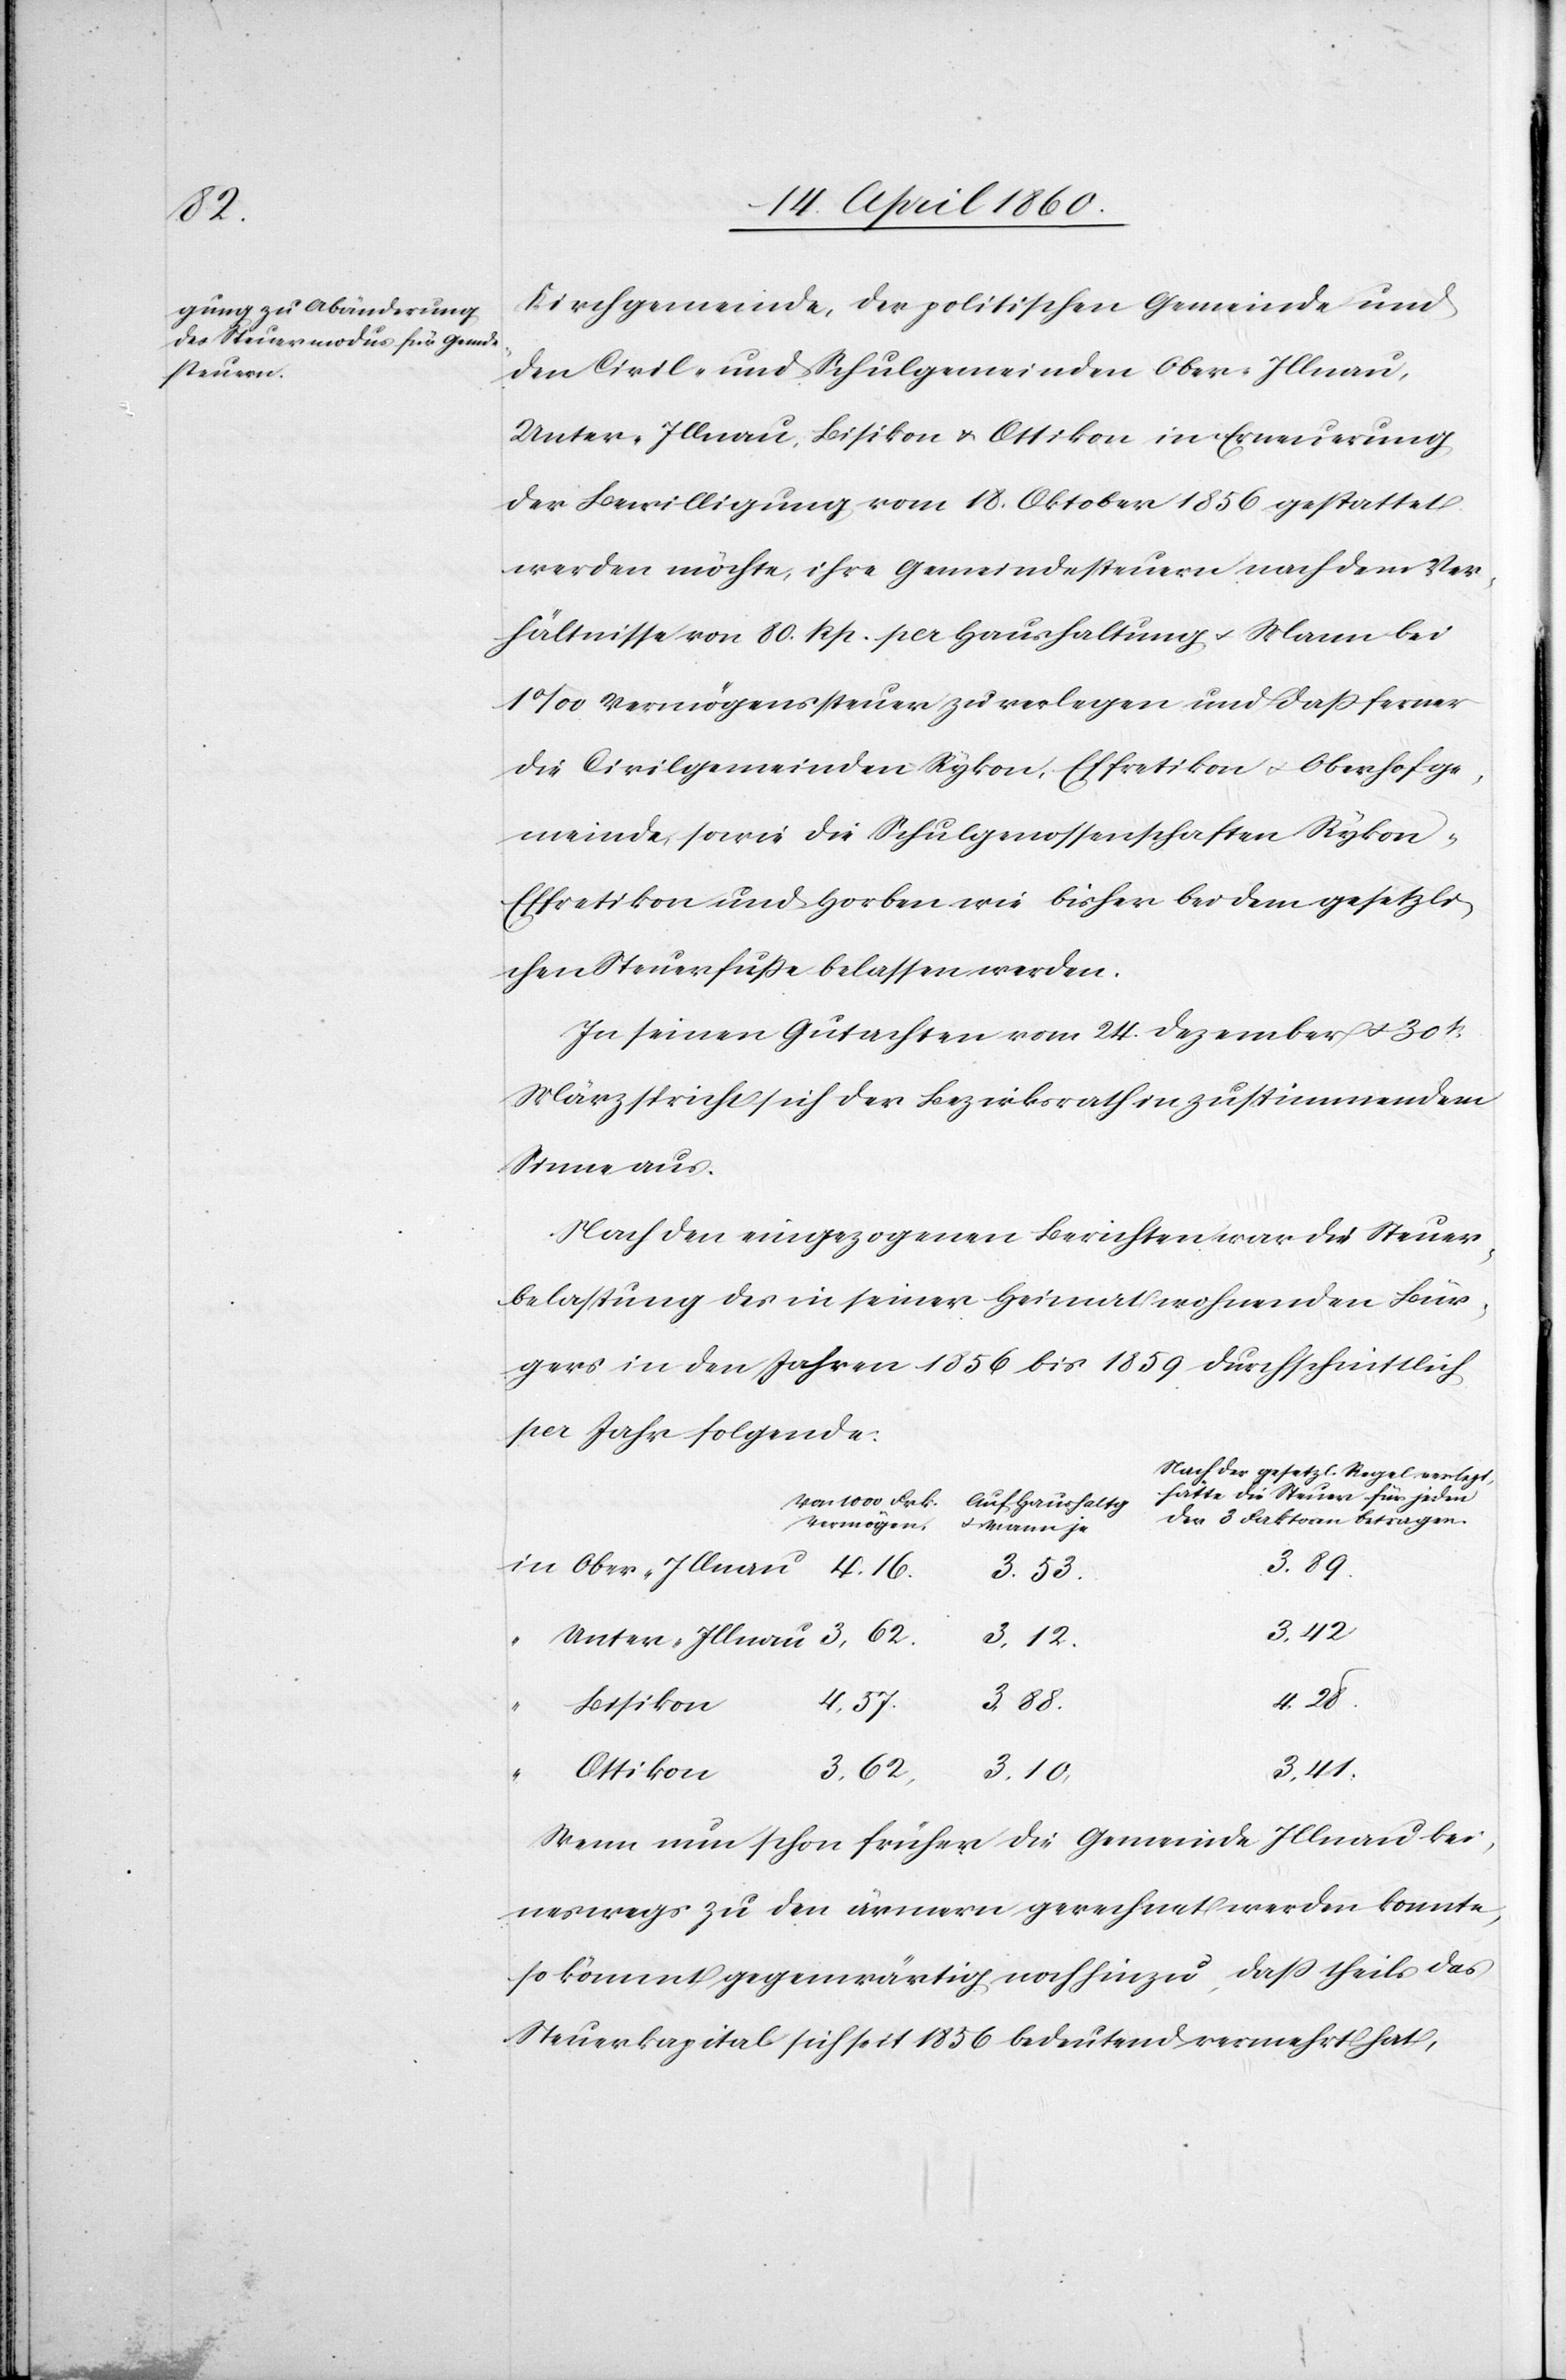
Kirchgemeinde, der politischen Gemeinde und
den Civil- und Schulgemeinden Ober-Illnau,
Unter-Illnau, Bisikon u. Ottikon in Erneuerung
der Bewilligung vom 18. Oktober 1856 gestattet
werden möchte, ihre Gemeindesteuern nach dem Ver¬
hältnisse von 80. Rpp. per Haushaltung u. Mann bei
1‰ Vermögenssteuer zu verlegen und dass ferner
die Civilgemeinden Rykon, Effretikon u. Oberhofge¬
meinde, sowie die Schulgenossenschaften Rykon-E¬
ffretikon und Horben wie bisher bei dem gesetzli¬
chen Steuerfusse belassen werden.
In seinen Gutachten vom 24. Dezember u. 30t
März spricht sich der Bezirksrath in zustimmendem
Sinne aus.
Nach den eingezogenen Berichten war die Steuer¬
belastung des in seiner Heimat wohnenden Bür¬
gers in den Jahren 1856 bis 1859 durchschnittlich
per Jahr folgende.
die Steuer für jeden
von 1000 Frk.
Auf Haushaltg
der 3 Faktoren betragen.
Vermögen
u. Mann je
3. 89.
3. 53.
3. 12.
3. 88.
4. 57.
4. 16.
Bisikon
3. 41.
Ottikon
3. 10.
3. 62.
Wenn nun schon früher die Gemeinde Illnau kei¬
neswegs zu den ärmern gerechnet werden konnte,
so kömmt gegenwärtig noch hinzu, dass theils das
Steuerkapital sich seit 1856 bedeutend vermehrt hat,